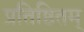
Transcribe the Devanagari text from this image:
प्रतिष्ठितम्